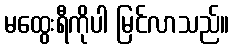
မထွေးရီကိုပါ မြင်လာသည်။